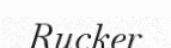
Rucker